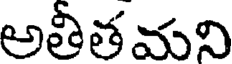
అతీతమని